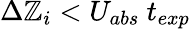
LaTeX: \Delta\mathbb{Z}_{i}<U_{abs}~t_{exp}